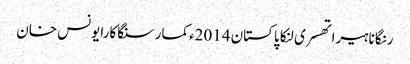
رنگانا ہیراتھسری لنکا پاکستان 2014ءکمار سنگاکارایونس خان